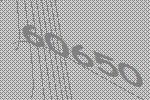
60650